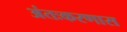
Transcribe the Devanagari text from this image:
अंतःकरणास